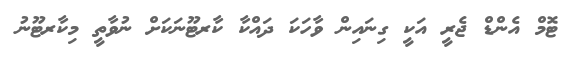
ޓޮމް އެންޑް ޖެރީ އަކީ ގިނައިން ވާހަކަ ދައްކާ ކާރޓޫނަކަށް ނުވާތީ މިކާރޓޫނު